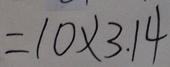
= 1 0 \times 3 . 1 4